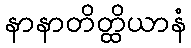
နာနာတိတ္ထိယာနံ